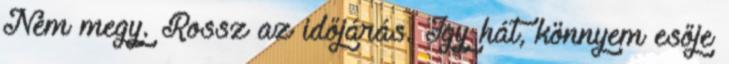
Nem megy. Rossz az időjárás. Így hát, könnyem esője